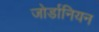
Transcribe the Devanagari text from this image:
जोर्डानियन